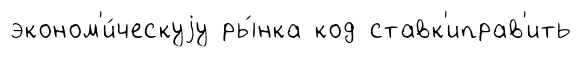
эконом'и́ческуjу ры́нка код ставк'иправ'ить